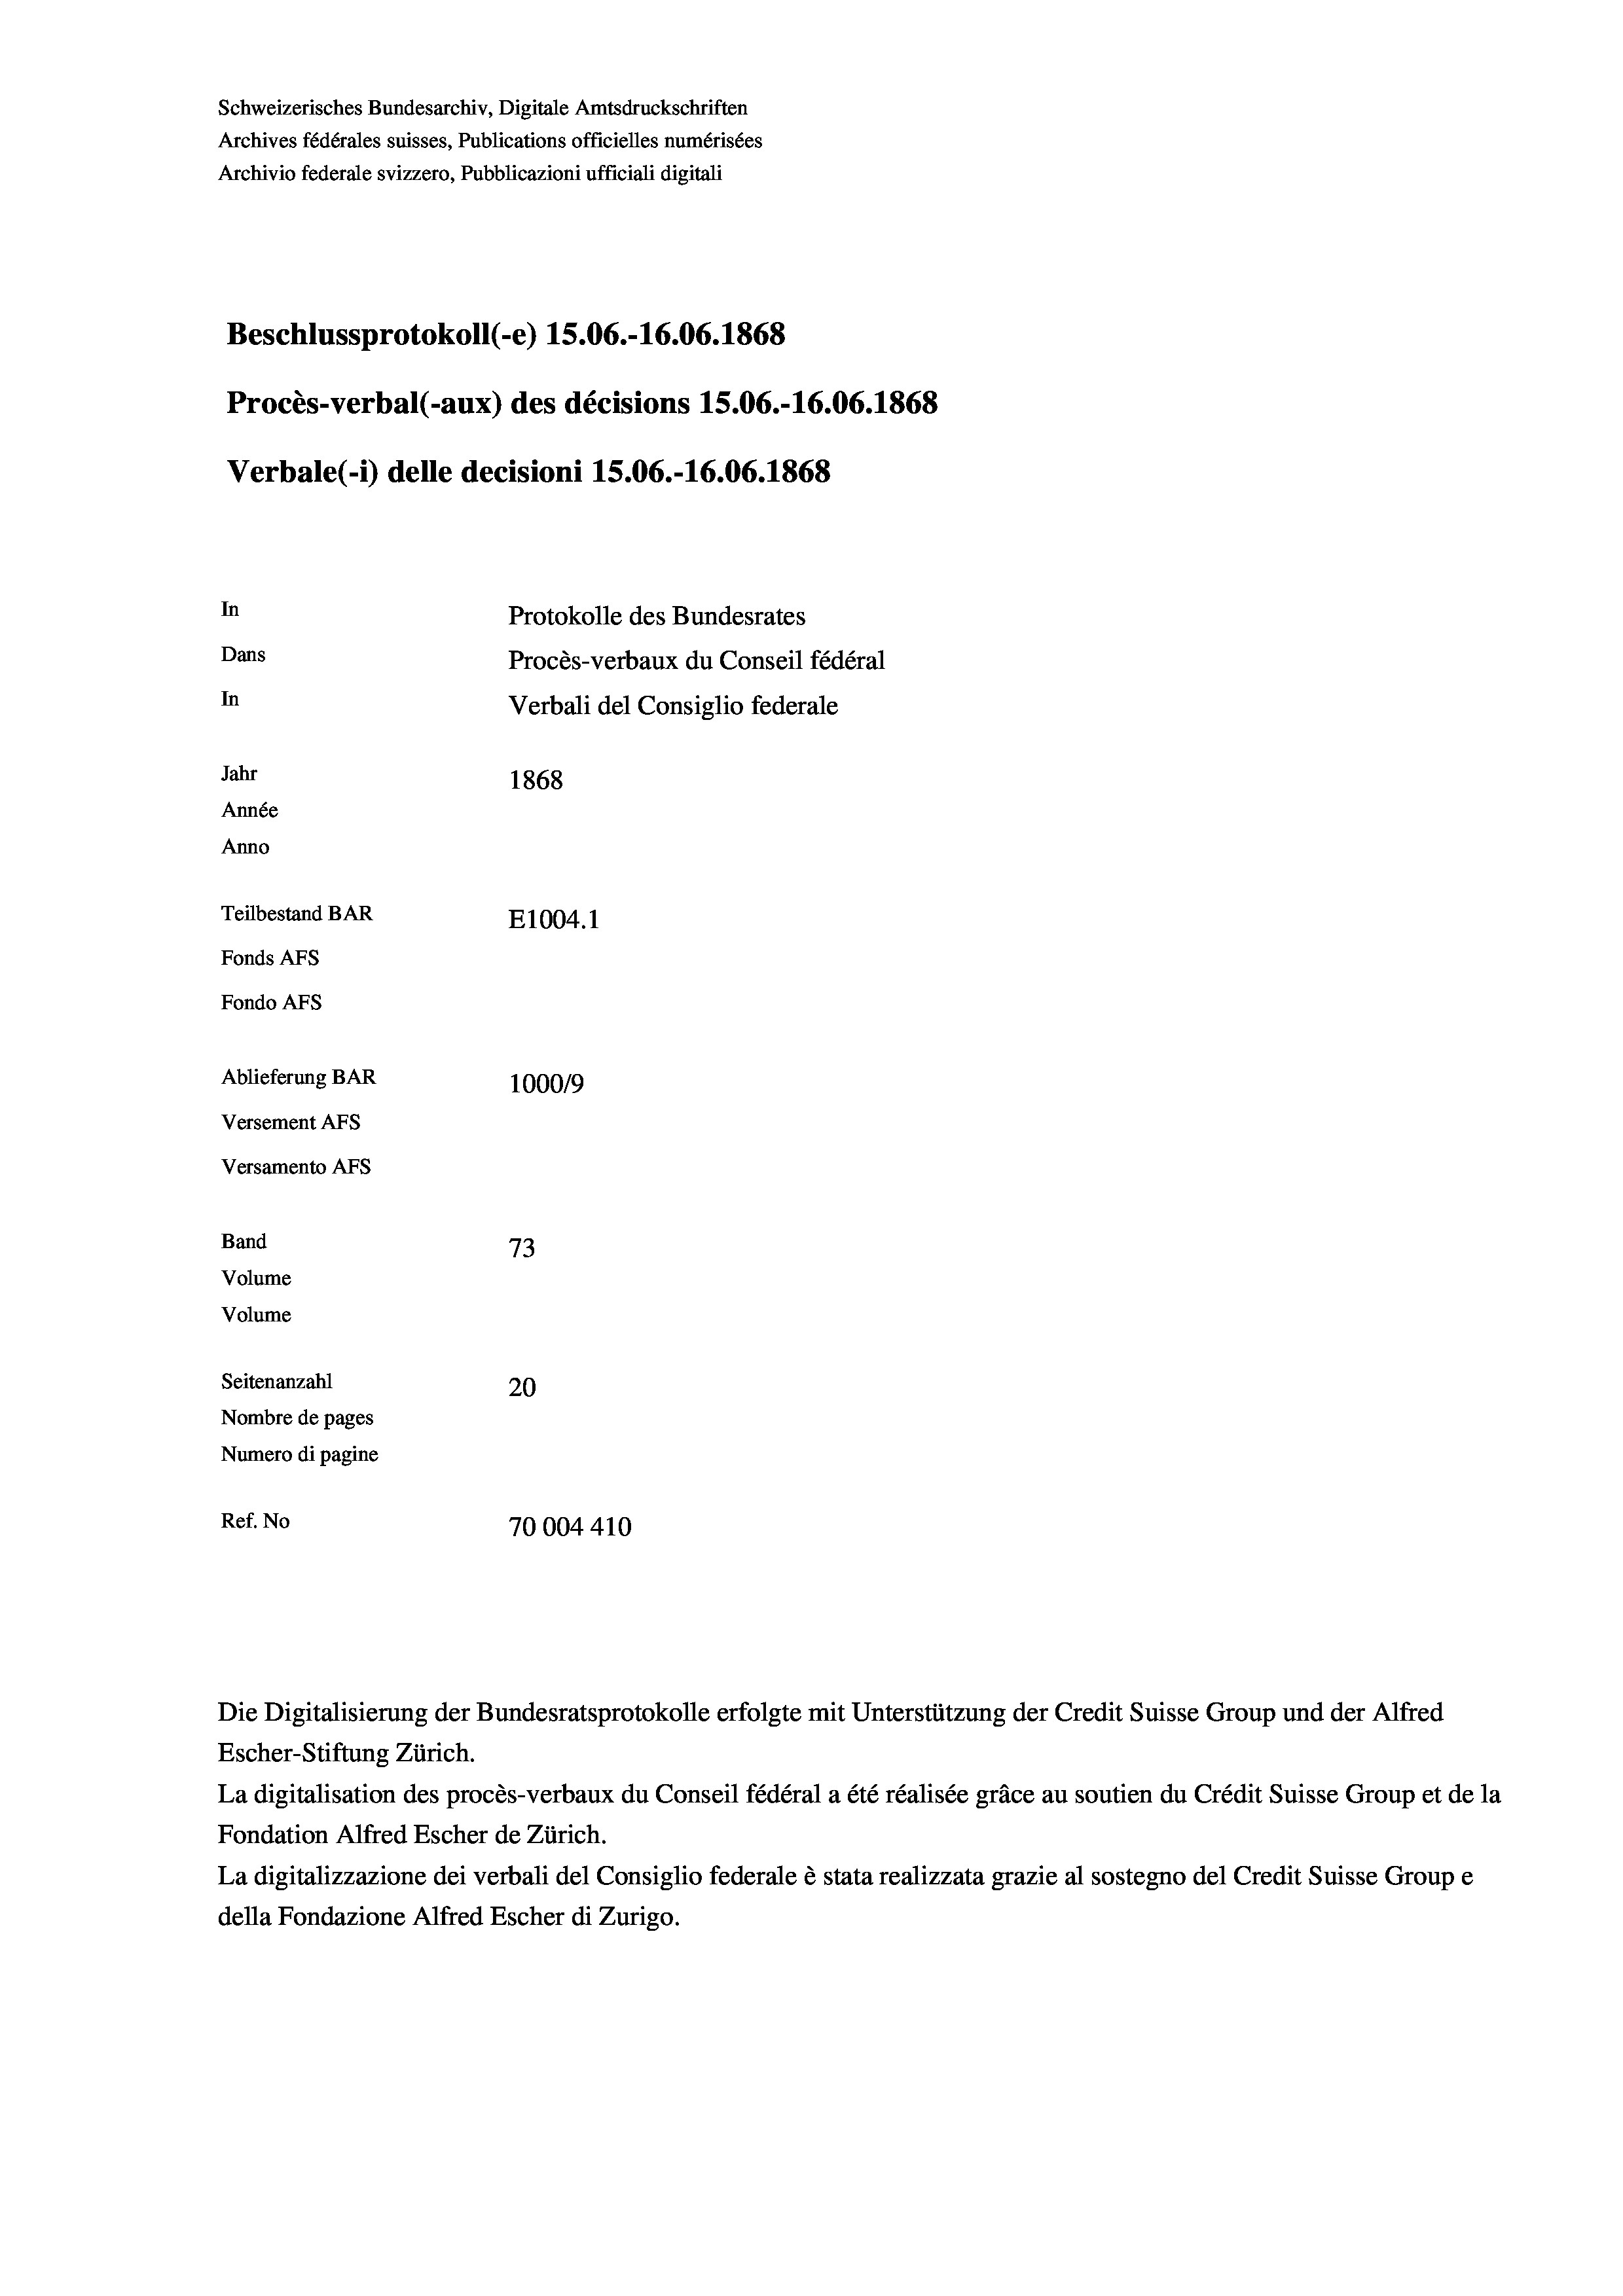
Schweizerisches Bundesarchiv, Digitale Amtsdruckschriften
Archives fédérales suisses, Publications officielles numérisées
Archivio federale svizzero, Pubblicazioni ufficiali digitali
Beschlussprotokoll (-e) 15.06.-16.06. 1868
Procès-verbal (-aux) des décisions 15.06.-16.06. 1868
Verbale(-*) delle decisioni 15.06.-16.06. 1868
In
Protokolle des Bundesrates
Dans
Procès-verbaux du Conseil fédéral
In
Verbali del Consiglio federale
Jahr
1868
Année
Anno
Teilbestand BAR
E1004. 1
Fonds AFs
Fondo AFS
Ablieferung BAR
100019
Versement AFs
Versamento AFs
Band
73
Volume
Volume

Seitenanzahl
20
Nombre de pages
Numero di pagine
Ref. No
70004410

Die Digitalisierung der Bundesratsprotokolle erfolgte mit Unterstützung der Credit Suisse Group und der Alfred

Escher-Stiftung Zürich.
La digitalisation des procès-verbaux du Conseil fédéral a été réalisée gräce au soutien du Crédit Suisse Group et de la
Fondation Alfred Escher de Zürich.
La digitalizzazione dei verbali del Consiglio federale è stata realizzata grazie al sostegno del Credit Suisse Groupe
della Fondazione Alfred Escher di Zurigo.